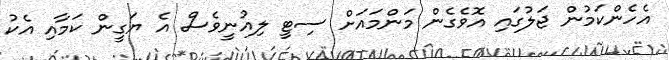
އެހެންކަމުން ޖަލުގައި އޮވެގެން މަންމައަށް ސިޓީ ލިއުނީވެސް އެ ޔަގީން ކަމާއި އެކު